Lunatic asylums Central Provinces reports 1910-1926 - 1910-1926
Year: 1910
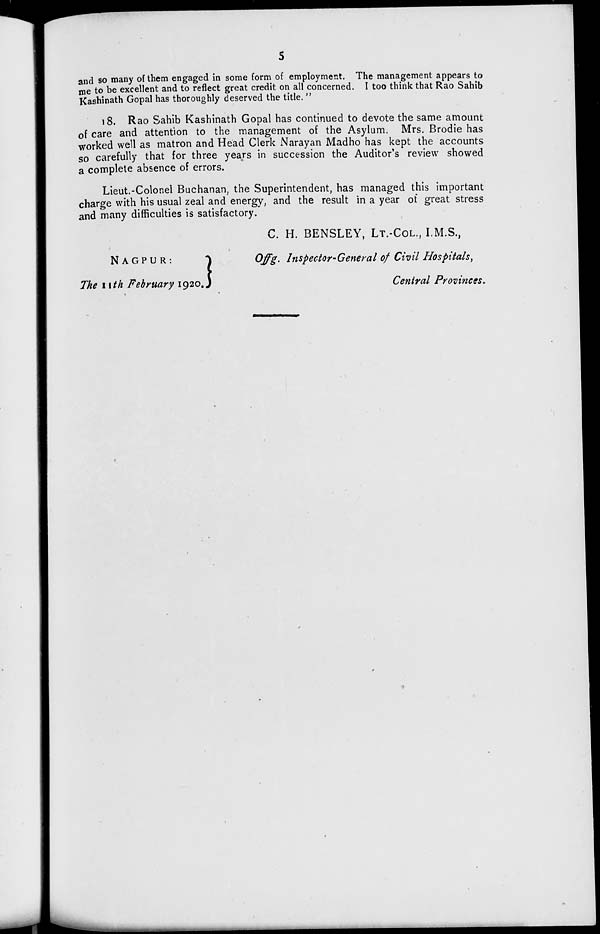
5
and so many of them engaged in some form of employment. The management appears to
me to be excellent and to reflect great credit on all concerned. I too think that Rao Sahib
Kashinath Gopal has thoroughly deserved the title. "
18. Rao Sahib Kashinath Gopal has continued to devote the same amount
of care and attention to the management of the Asylum. Mrs. Brodie has
worked well as matron and Head Clerk Narayan Madho has kept the accounts
so carefully that for three years in succession the Auditor's review showed
a complete absence of errors.
Lieut.-Colonel Buchanan, the Superintendent, has managed this important
charge with his usual zeal and energy, and the result in a year of great stress
and many difficulties is satisfactory.
NAGPUR :
The 11th February 1920.
C. H. BENSLEY, LT.-COL., I.M.S.,
Offg. Inspector-General of Civil Hospitals,
Central Provinces.